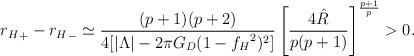
LaTeX: \begin{align*}{r_H}_+-{r_H}_-\simeq\frac{(p+1)(p+2)}{4[|\Lambda|-2\pi G_D(1-{f_H}^2)^2]}\left[\frac{4\hat{R}}{p(p+1)}\right]^{\frac{p+1}{p}}>0.\end{align*}